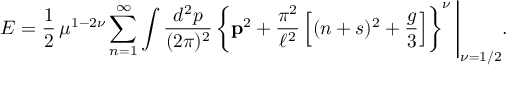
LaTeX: { \cal E } = \frac { 1 } { 2 } \, \mu ^ { 1 - 2 \nu } \sum _ { n = 1 } ^ { \infty } \int \frac { d ^ { 2 } p } { ( 2 \pi ) ^ { 2 } } \left\{ { \bf p } ^ { 2 } + \frac { \pi ^ { 2 } } { \ell ^ { 2 } } \left[ ( n + s ) ^ { 2 } + \frac { g } { 3 } \right] \right\} ^ { \nu } \Bigg | _ { \nu = 1 / 2 } .